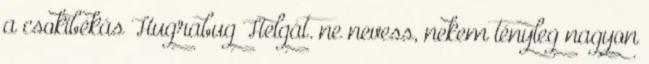
a csokibékás Hugrabug Helgát. ne nevess, nekem tényleg nagyon